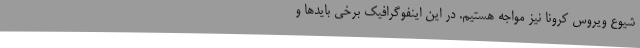
شیوع ویروس کرونا نیز مواجه هستیم. در این اینفوگرافیک برخی بایدها و